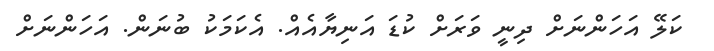
ކަލޭ އަހަންނަށް ދިނީ ވަރަށް ކުޑަ އަނިޔާއެއް. އެކަމަކު ބުނަން. އަހަންނަށް